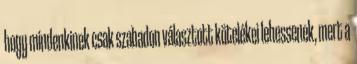
hogy mindenkinek csak szabadon választott kötelékei lehessenek, mert a